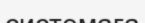
системаға